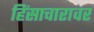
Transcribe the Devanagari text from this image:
हिंसाचारावर